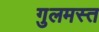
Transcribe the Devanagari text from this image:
गुलमस्त